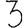
Digit: 3